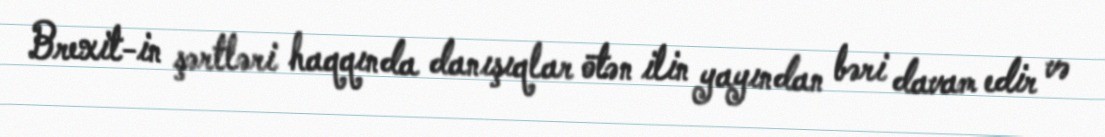
Brexit-in şərtləri haqqında danışıqlar ötən ilin yayından bəri davam edir və